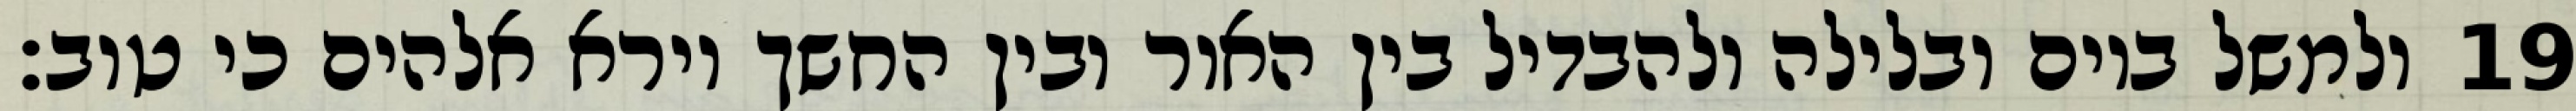
ולמשל ביום ובלילה ולהבדיל בין האור ובין החשך וירא אלהים כי טוב׃ ‎19‏